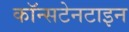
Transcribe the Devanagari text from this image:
कॉन्सटेनटाइन